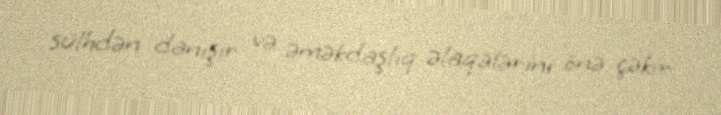
sülhdən danışır və əməkdaşlıq əlaqələrini önə çəkir.